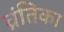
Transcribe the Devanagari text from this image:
व्रंतिका